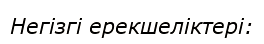
Негізгі ерекшеліктері: